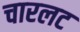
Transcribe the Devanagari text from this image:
चारलट